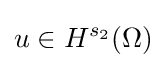
u\in H^{s_{2}}(\Omega )